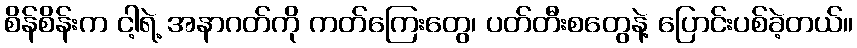
စိန်စိန်းက ငါ့ရဲ့ အနာဂတ်ကို ကတ်ကြေးတွေ၊ ပတ်တီးစတွေနဲ့ ပြောင်းပစ်ခဲ့တယ်။